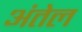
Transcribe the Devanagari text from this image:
अंतेल